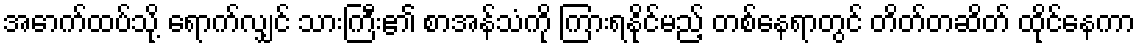
အောက်ထပ်သို့ ရောက်လျှင် သားကြီး၏ စာအန်သံကို ကြားရနိုင်မည့် တစ်နေရာတွင် တိတ်တဆိတ် ထိုင်နေကာ